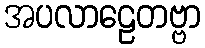
အပလာဠေတဗ္ဗာ